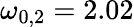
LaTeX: \omega_{0,2}=2.02